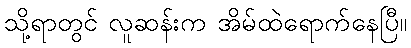
သို့ရာတွင် လူဆန်းက အိမ်ထဲရောက်နေပြီ။